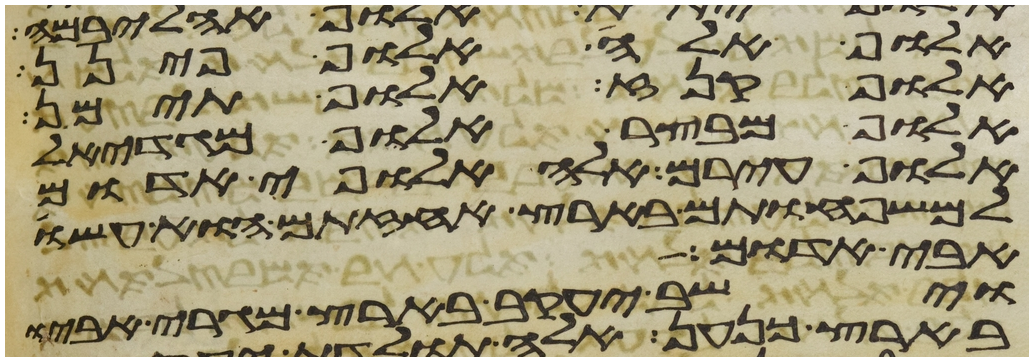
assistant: אלוף אלה אלוף פינן
אלוף קנז אלוף תימן
אלוף מבצר אלוף מגדאל
אלוף עירם אלה אלופי אדום
למשפחותם בארץ אחזתם הוא עשו
אבי אדום
וישב יעקב בארץ מגרי אביו